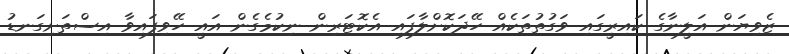
ޒެވިޔަން އަލީނާގެ ކައިރީގައި ވަގުތުތަކެއް ހޭދަކޮށްލާފައި އެކޮޓަރިން ނިކުމެގެން އައީ ހޭވިފައިވާ އިސްތަށިގަނޑު